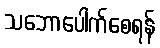
သဘောပေါက်စေရန်